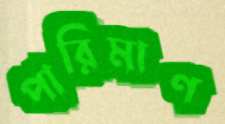
পারিমাণ